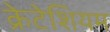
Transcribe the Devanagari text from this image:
क्रेटेशियम